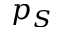
p _ { S }